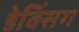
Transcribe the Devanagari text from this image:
डेक्सिंग